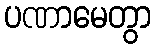
ပဏာမေတွာ